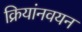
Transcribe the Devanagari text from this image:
क्रियांनवयन